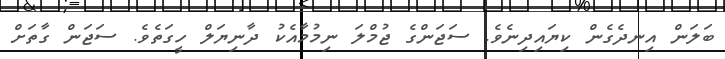
ބަލަން އިނދެގެން ކިޔައިދިނެވެ. ސަޖަންގެ ޖުމްލަ ނިމުމާއެކު ދާނިޔަލް ހީގަތެވެ. ސަޖަން ގާތަށް